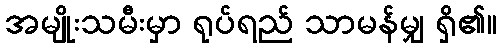
အမျိုးသမီးမှာ ရုပ်ရည် သာမန်မျှ ရှိ၏။